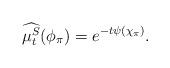
LaTeX: \begin{align*} \widehat{\mu^{S}_{t}}(\phi_{\pi}) = e^{-t \psi(\chi_{\pi})}.\end{align*}